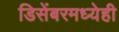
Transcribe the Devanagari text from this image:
डिसेंबरमध्येही